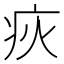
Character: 疢